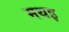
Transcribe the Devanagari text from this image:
मथइ